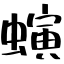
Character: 螾